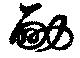
勔